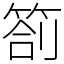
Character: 箚